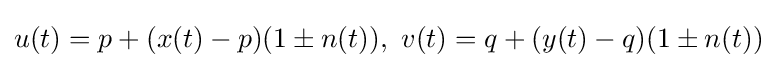
u(t)=p+(x(t)-p)(1\pm n(t)),\ v(t)=q+(y(t)-q)(1\pm n(t))